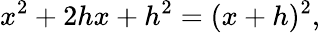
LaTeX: x^{2}+2hx+h^{2}=(x+h)^{2},